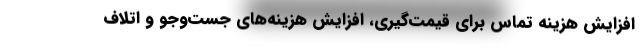
افزایش هزینه تماس برای قیمت‌‌گیری، افزایش هزینه‌های جست‌وجو و اتلاف